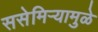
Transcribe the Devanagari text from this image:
ससेमिऱ्यामुळे